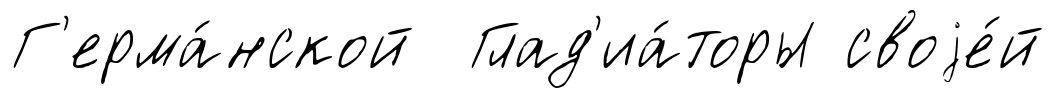
Г'ерма́нской Глад'иа́торы своjе́й